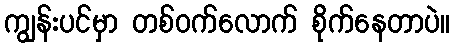
ကျွန်းပင်မှာ တစ်ဝက်လောက် စိုက်နေတာပဲ။